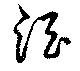
酒